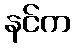
နင်က